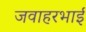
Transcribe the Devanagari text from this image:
जवाहरभाई